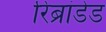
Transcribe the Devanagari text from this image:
रिब्रांडेड